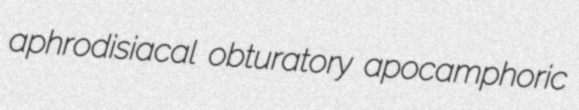
aphrodisiacal obturatory apocamphoric